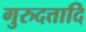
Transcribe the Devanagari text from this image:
गुरुदत्तादि